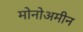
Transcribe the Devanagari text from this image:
मोनोअमीन